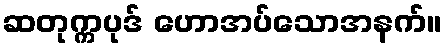
ဆတုက္ကပုဒ် ဟောအပ်သောအနက်။